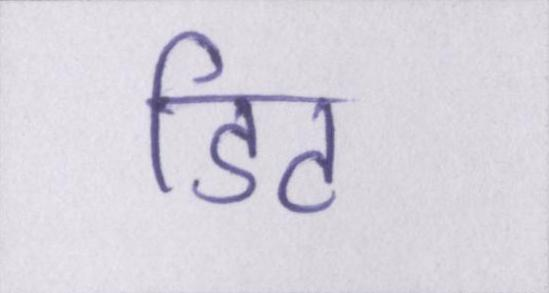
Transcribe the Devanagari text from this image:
डिट